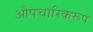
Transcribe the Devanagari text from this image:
औपचारिकरूप